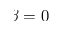
\beta = 0